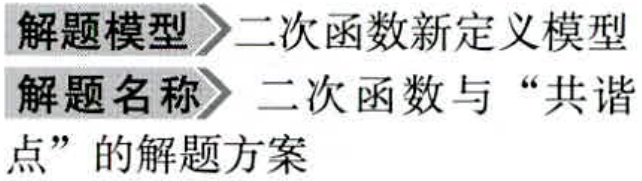
解题模型$\rhd$二次函数新定义模型
解题名称$\rhd$二次函数与“共谐点”的解题方案